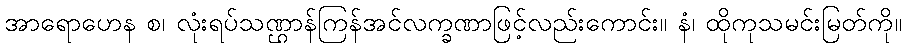
အာရောဟေန စ၊ လုံးရပ်သဏ္ဌာန်ကြန်အင်လက္ခဏာဖြင့်လည်းကောင်း။ နံ၊ ထိုကုသမင်းမြတ်ကို။